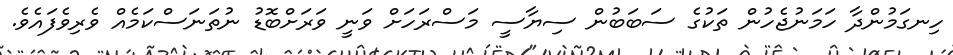
ހިނގަމުންދާ ހަމަނުޖެހުން ތަކުގެ ސަބަބުން ސިޔާސީ މަސްރަހަށް ވަނީ ވަރަށްބޮޑު ނުތަނަސްކަމެއް ވެރިވެފައެވެ.